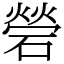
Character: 䃕